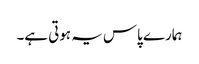
ہمارے پاس یہ ہوتی ہے۔